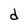
Character: d